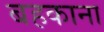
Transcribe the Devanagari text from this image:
बहकाना